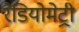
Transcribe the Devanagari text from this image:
रेडियोमेट्री